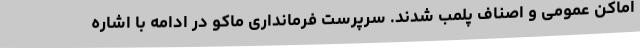
اماکن عمومی و اصناف پلمب شدند. سرپرست فرمانداری ماکو در ادامه با اشاره